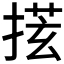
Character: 𪮎